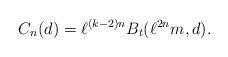
LaTeX: \begin{align*}C_{n}(d)=\ell^{(k-2)n}B_{t}(\ell^{2n}m,d).\end{align*}